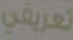
تعريفي